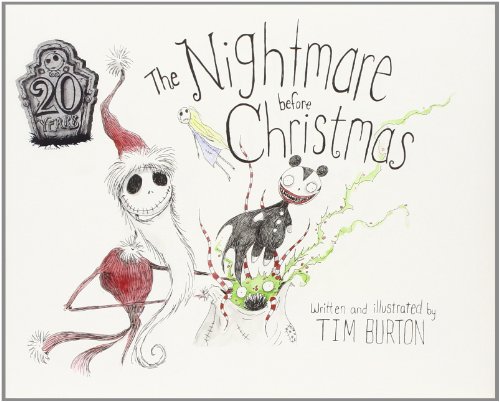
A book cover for The Nightmare Before Christmas: 20th Anniversary Edition; Tim Burton; Children's Books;